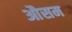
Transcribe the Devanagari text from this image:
औसम